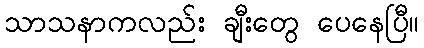
သာသနာကလည်း ချီးတွေ ပေနေပြီ။